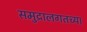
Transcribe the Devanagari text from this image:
समुद्रालगतच्या